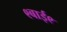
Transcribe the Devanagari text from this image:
९बाई९